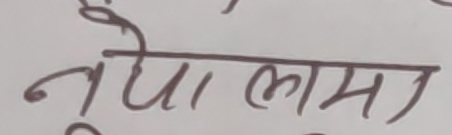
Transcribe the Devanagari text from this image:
नयाँ लामा